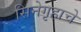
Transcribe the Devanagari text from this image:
सिनेगृहाचे